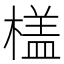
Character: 𣙥